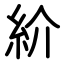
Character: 紒